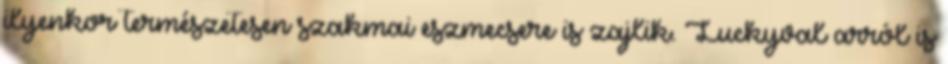
ilyenkor természetesen szakmai eszmecsere is zajlik. Luckyval arról is